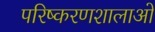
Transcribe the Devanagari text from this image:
परिष्करणशालाओं